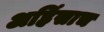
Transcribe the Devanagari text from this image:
अहिंसाच